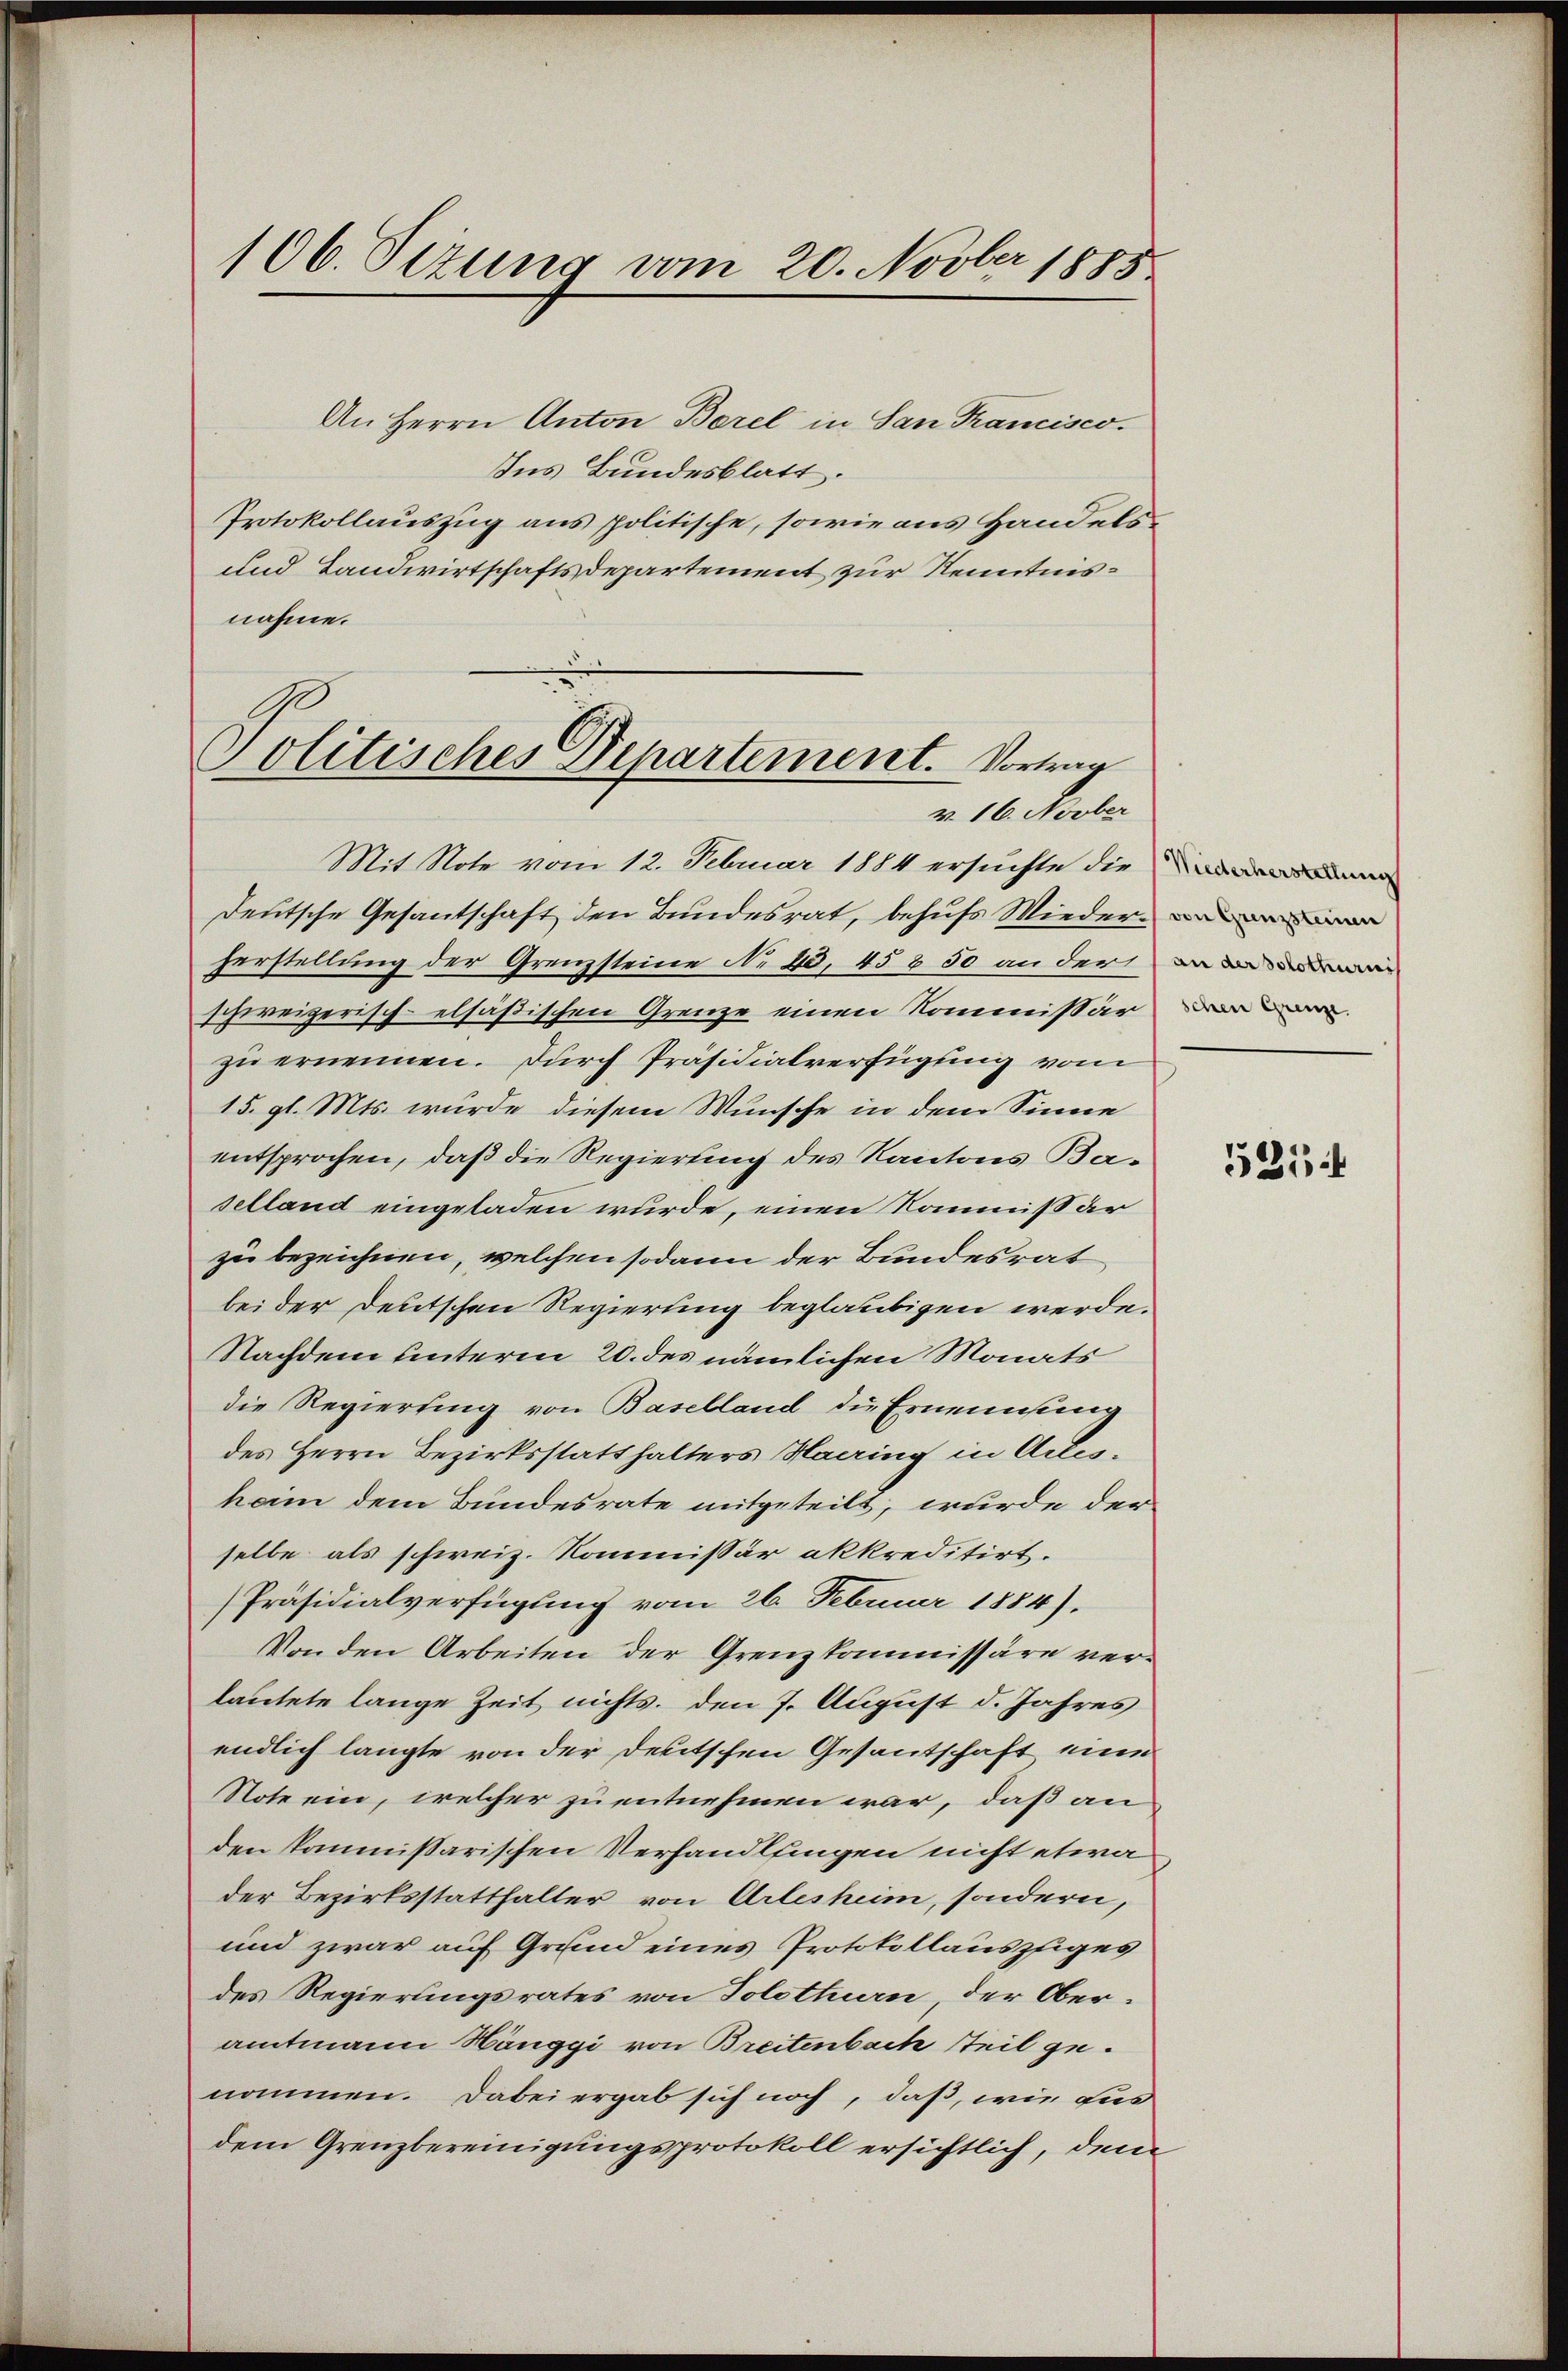
106. Sezung vom 20. Novber 1885

An Herrn Anton Borel in San Francisco
Ins Bundesblatt.
Protokollauszug aus politische, sowie aus Handels¬
und Landwirtschaftsdepartement zur Kenntnisnahme.

Politisches Departement. Vortrag
v. 16. Novber

Mit Note vom 12. Februar 1884 ersuchte die
Deutsche Gesantschaft den Bundesrat, behufs Wieder-
herstellung der Grenzsteine No 40, 458 50 an der an
schweizerisch-elsäßischen Grenze einen Kommissär
zu ernennen. Durch Präsidialverfügung vom
15. gl. Mts. wurde diesem Wunsche in dem Sinne
entsprochen, daß die Regierung des Kantons Baselland eingeladen wurde, einen Kommißar
zu bezeichnen, welchen sodann der Bundesrat
bei der Deutschen Regierung beglaubigen werde.
Nachdem unterm 20. des nämlichen Monats
die Regierung von Baselland die Ernennung
des Herrn Bezirksstatthalters Harring in Actisham dem Bundesrate mitgeteilt, wurde der
selbe als schweiz. Kommissär akkreditirt.
Präsidialverfügung vom 26. Februar 1884).
Von den Arbeiten der Grenzkommissäre verlautete lange Zeit nichts. den 7. August d. Jahres
endlich langte von der Deutschen Gesantschaft eine
Note ein, welcher zu entnehmen war, daß an
den kommissarischen Verhandlfingen nicht etwa
der Bezirksstatthalter von Arlesheim, sondern,
und zwar auf Grund eines Protokollausziges
des Regierungsrates von Solothurn, der Ober-
amtmann Hänggi von Breitenbach teil genommen. Dabei ergab sich noch, daß, wie aus
dem Grenzbereinigungsprotokoll ersichtlich, dem

schen Grenze.

521